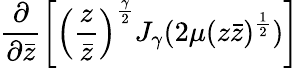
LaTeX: \left.\frac{\partial}{\partial\bar{z}}\left[\left(\frac{z}{\bar{z}}\right)^{\frac{\gamma}{2}}J_{\gamma}(2\mu(z\bar{z})^{\frac{1}{2}})\right]\right.